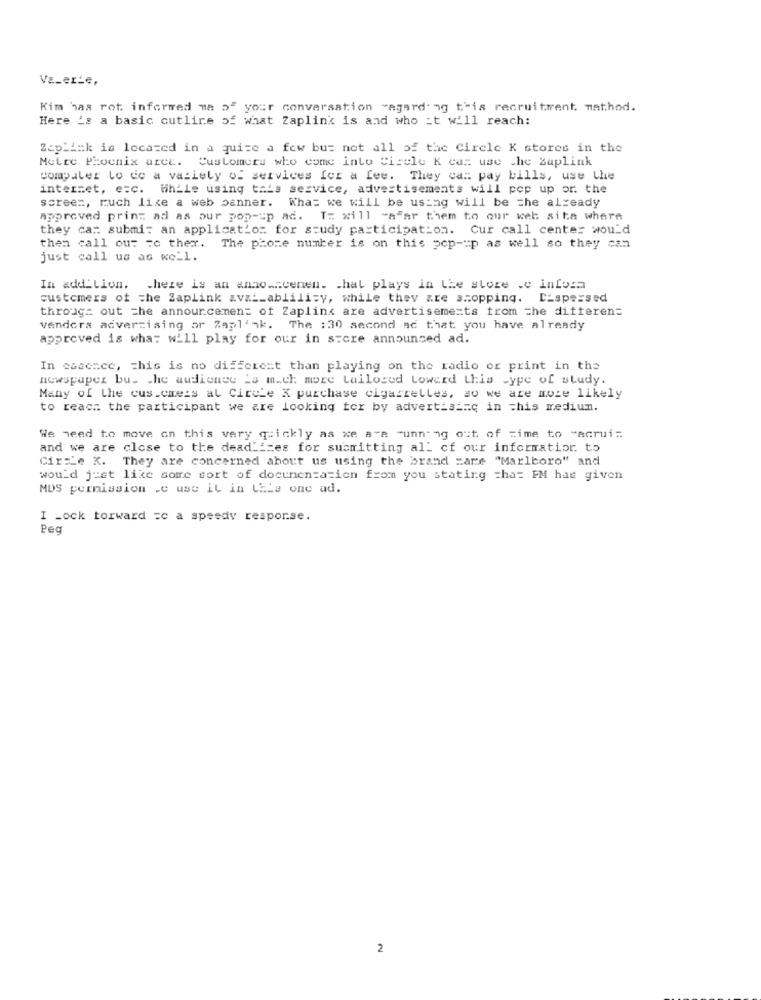
Va_erte,
Kim has rot informed me of your conversation "agard'ag this recruitment. method.
Here 's a basic cutline of what Zaplink is and who it will reach:
ZapLink is located in a quite a few but not all of the Circle K stores in the
Melre Phoenix aree. Customers who come into Circle K ca: use che Zaplink
computer Lo de a variety of services for a fee. They can pay bills, use the
internet, e=c. While using tais service, advertisements will pop up or. the
screen, much like a web banner. What we will be using will be the already
Approved prinz ad as our pop-up ad. T. will -aFar them to our web site where
they car submi: an application for study participation. Cur call center would
then call out =c ther. The phone number is on this pop-up as well so they can
just call us as well.
In add_Lion. there is an anno ... cenen. that plays in the store .c infosa
customers of The Zaplink av& __ ablility, while they are shopping. Dispersed
through out =he announcement of Zaplink are advertisements trom =he differen=
vendors advertising or Zaplink. The :30 second ac that you have already
approved is what will play for our in store announced ad.
In essence, this is no different than playing on the radio or print in the
newspaper bus the audience 's m.ch: more tailored Lowerd this -ype of study.
Many of the cus.cmeis al Circle K purchase cigarrelles, so we are more likely
to reach the participant we are looking for by advertising in this medium.
We need to move on this very quickly as we are running out of time to "acrui.
and we are close to the dead"izes for submitting all of our information to
Cir:Le K. They are concerned about us using the brand =are "Marlboro" and
would just like some sort of documentation from you stating cha= PM has given
MDS permission .c use it in CHLe one ad.
I _ock torward =c a speedy response.
Peg
2